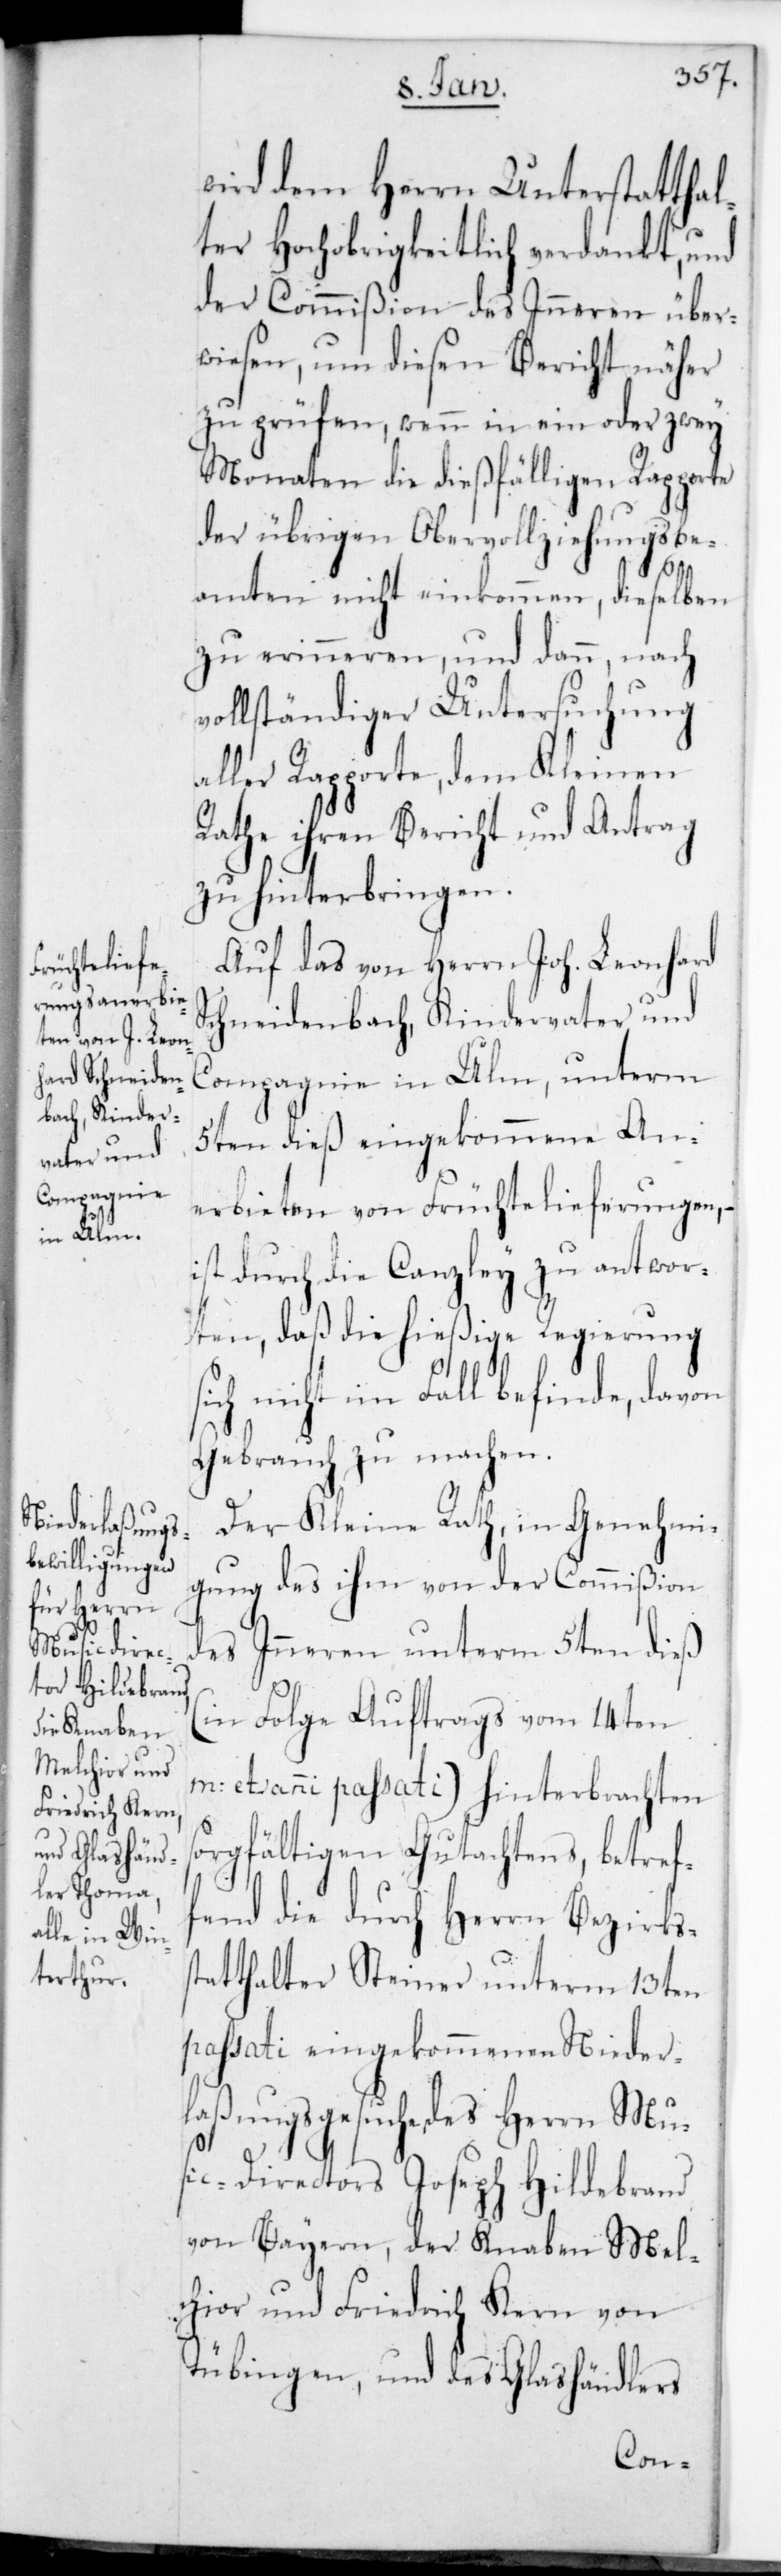
wird dem Herrn Unterstatthal¬
ter Hochobrigkeitlich verdankt, und
der Commißion des Inneren über¬
wiesen, um diesen Bericht näher
zu prüfen, wenn in ein oder zwey
Monaten die dießfälligen Rapporte
der übrigen Obervollziehungsbe¬
amten nicht einkommen, dieselben
zu erinneren und dann nach
vollständiger Untersuchung
aller Rapporte, dem Kleinen
Rathe ihren Bericht und Antrag
zu hinterbringen.
Auf das von Herrn Joh. Leonhard
Schneidenbach, Kindervater und
Compagnie in Ulm, unterm
5ten dieß eingekommene An¬
erbieten von Früchtelieferungen,
ist durch die Canzley zu antwor¬
ten, daß die hießige Regierung
ich nicht im Fall befinde, davon
Gebrauch zu machen.
Der Kleine Rath, in Genehmi¬
gung des ihm von der Commißion
des Inneren unterm 5ten dieß
(in Folge Auftrags vom 14ten
et anni passati) hinterbrachten
s¬
orgfältigen Gutachtens, betref¬
fend die durch Herrn Bezirkss¬
tatthalter Steiner unterm 13ten
passati eingekommenen Nieder¬
laßungs-Gesuche des Herrn Mu¬
sic-Directors Joseph Hildebrand
von Bayern; der Knaben Mel¬
chior und Friedrich Kern von
Tübingen; und des Glashändlers